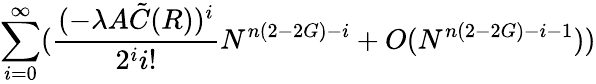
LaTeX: \sum_{i=0}^{\infty}(\frac{(-\lambda A{\tilde{C}}(R))^{i}}{2^{i}i!}N^{n(2-2G)-i}+O(N^{n(2-2G)-i-1}))